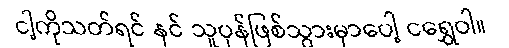
ငါ့ကိုသတ်ရင် နင် သူပုန်ဖြစ်သွားမှာပေါ့ ငရွှေဝါ။